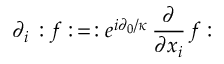
\partial _ { i } \, : f : \, = \, : e ^ { i \partial _ { 0 } / \kappa } \, \frac { \partial } { \partial x _ { i } } \, f :